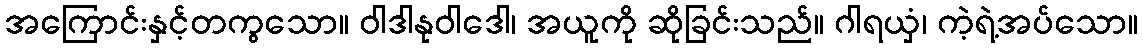
အကြောင်းနှင့်တကွသော။ ဝါဒါနုဝါဒေါ၊ အယူကို ဆိုခြင်းသည်။ ဂါရယှံ၊ ကဲ့ရဲ့အပ်သော။